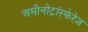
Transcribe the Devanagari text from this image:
अमीनोट्रांस्फेरेज़